[Report on the health of British troops in the Madras command]
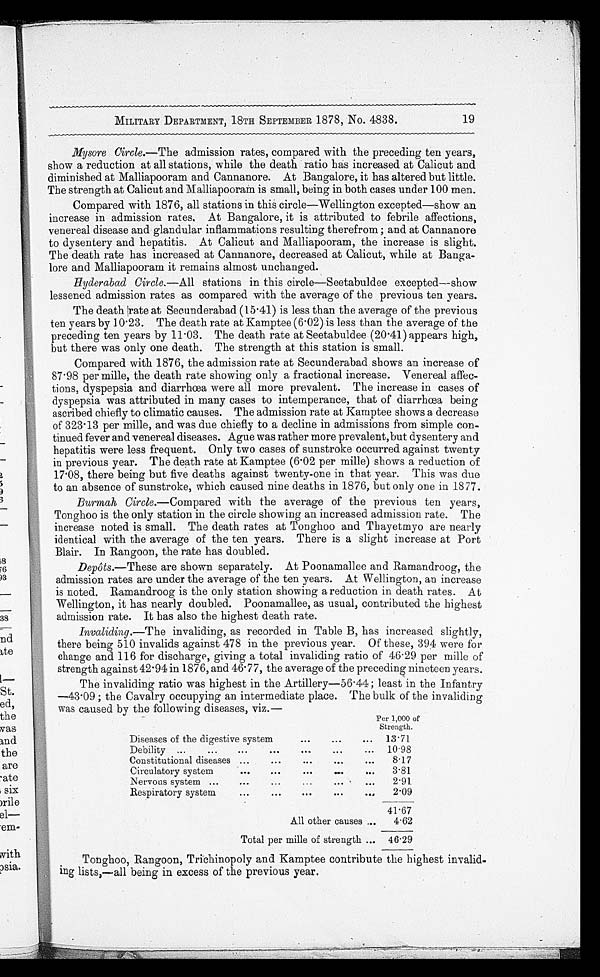
MILITARY DEPARTMENT, 18TH SEPTEMBER 1878, No. 4838.
19
Mysore Circle.—The admission rates, compared with the preceding ten years,
show a reduction at all stations, while the death ratio has increased at Calicut and
diminished at Malliapooram and Cannanore. At Bangalore, it has altered but little.
The strength at Calicut and Malliapooram is small, being in both cases under 100 men.
Compared with 1876, all stations in this circle—Wellington excepted—show an
increase in admission rates. At Bangalore, it is attributed to febrile affections,
venereal disease and glandular inflammations resulting therefrom; and at Cannanore
to dysentery and hepatitis. At Calicut and Malliapooram, the increase is slight.
The death rate has increased at Cannanore, decreased at Calicut, while at Banga-
-lore and Malliapooram it remains almost unchanged.
Hyderabad Circle.— All stations in this circle—Seetabuldee excepted—show
lessened admission rates as compared with the average of the previous ten years.
The death rate at Secunderabad (15.41) is less than the average of the previous
ten years by 10.23. The death rate at Kamptee (6.02) is less than the average of the
preceding ten years by 11.03. The death rate at Seetabuldee (20.41) appears high,
but there was only one death. The strength at this station is small.
Compared with 1876, the admission rate at Secunderabad shows an increase of
87 . 98 per mille, the death rate showing only a fractional increase. Venereal affec-
-tions, dyspepsia and diarrhœa were all more prevalent. The increase in cases of
dyspepsia was attributed in many cases to intemperance, that of diarrhœa being
ascribed chiefly to climatic causes. The admission rate at Kamptee shows a decrease
of 323.13 per and was due chiefly to a decline in admissions from simple con
–tinued fever and venereal diseases. Ague was rather more prevalent, but dysentery and
hepatitis were less frequent. Only two cases of sunstroke occurred against twenty
in previous year. The death rate at Kamptee (6.02 per mille) shows a reduction of
17 . 08, there being but five deaths against twenty-one in that year. This was due
to an absence of sunstroke, which caused nine deaths in 1876, but only one in 1877.
Burmah, Circle.—Compared with the average of the previous ten years,
Tonghoo is the only station in the circle showing an increased admission rate. The
increase noted is small. The death rates at Tonghoo and Thayetmyo are nearly
identical with the average of the ten years. There is a slight increase at Port
Blair. In Rangoon, the rate has doubled.
Depôts.—These are shown separately. At Poonamallee and Ramandroog, the
admission rates are under the average of the ten years. At Wellington, an increase
is noted. Ramandroog is the only station showing a reduction in death rates. At
Wellington, it has nearly doubled. Poonamallee, as usual, contributed the highest
admission rate. It has also the highest death rate.
Invaliding.—The invaliding, as recorded in Table B, has increased slightly,
there being 510 invalids against 478 in the previous year. Of these, 394 were for
change and 116 for discharge, giving a total invaliding ratio of 46 . 29 per mille of
strength against 42 . 94 in 1876, and 46 . 77, the average of the preceding nineteen years.
The invaliding ratio was highest in the Artillery—56 . 44 ; least in the Infantry
—43.09; the Cavalry occupying an intermediate place. The bulk of the invaliding
was caused by the following diseases. viz.—
Per 1,000 of
Strength.
Diseases of the digestive system . . . 13.71
Debility . . . 10.98
Constitutional diseases . . .
8.17
Circulatory system . . .
3.81
Nervous system . . .
2.91
Respiratory system . . .
2.09
All other causes . . .
41.67
4.62
Total per mille of strength . . . 46.29
Tonghoo, Rangoon, Trichinopoly and Kamptee contribute the highest invalid
-ing lists,—all being in excess of the previous year.